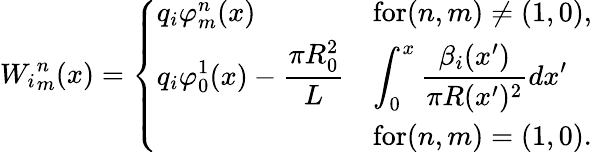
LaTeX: {W_{i}}_{m}^{n}(x)=\left\{ \begin{array}{ll}{q_{i}\varphi_{m}^{n}(x)}&{\textrm{for}(n,m)\neq(1,0),}\\ {\displaystyle q_{i}\varphi_{0}^{1}(x)-\frac{\pi R_{0}^{2}}{L}}&{\displaystyle\int_{0}^{x}\frac{\beta_{i}(x^{\prime})}{\pi R(x^{\prime})^{2}}dx^{\prime}}\\ &{\textrm{for}(n,m)=(1,0).}\end{array}\right.